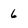
Character: 6